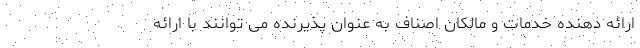
ارائه دهنده خدمات و مالکان اصناف به عنوان پذیرنده می توانند با ارائه